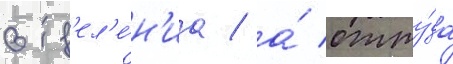
отд'ел'е́н'иа / а́ отту́да